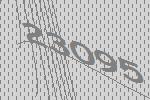
23095